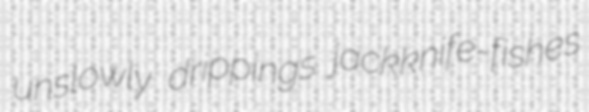
unslowly drippings jackknife-fishes